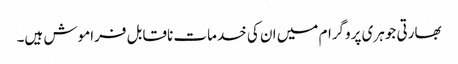
بھارتی جوہری پروگرام میں ان کی خدمات ناقابل فراموش ہیں۔